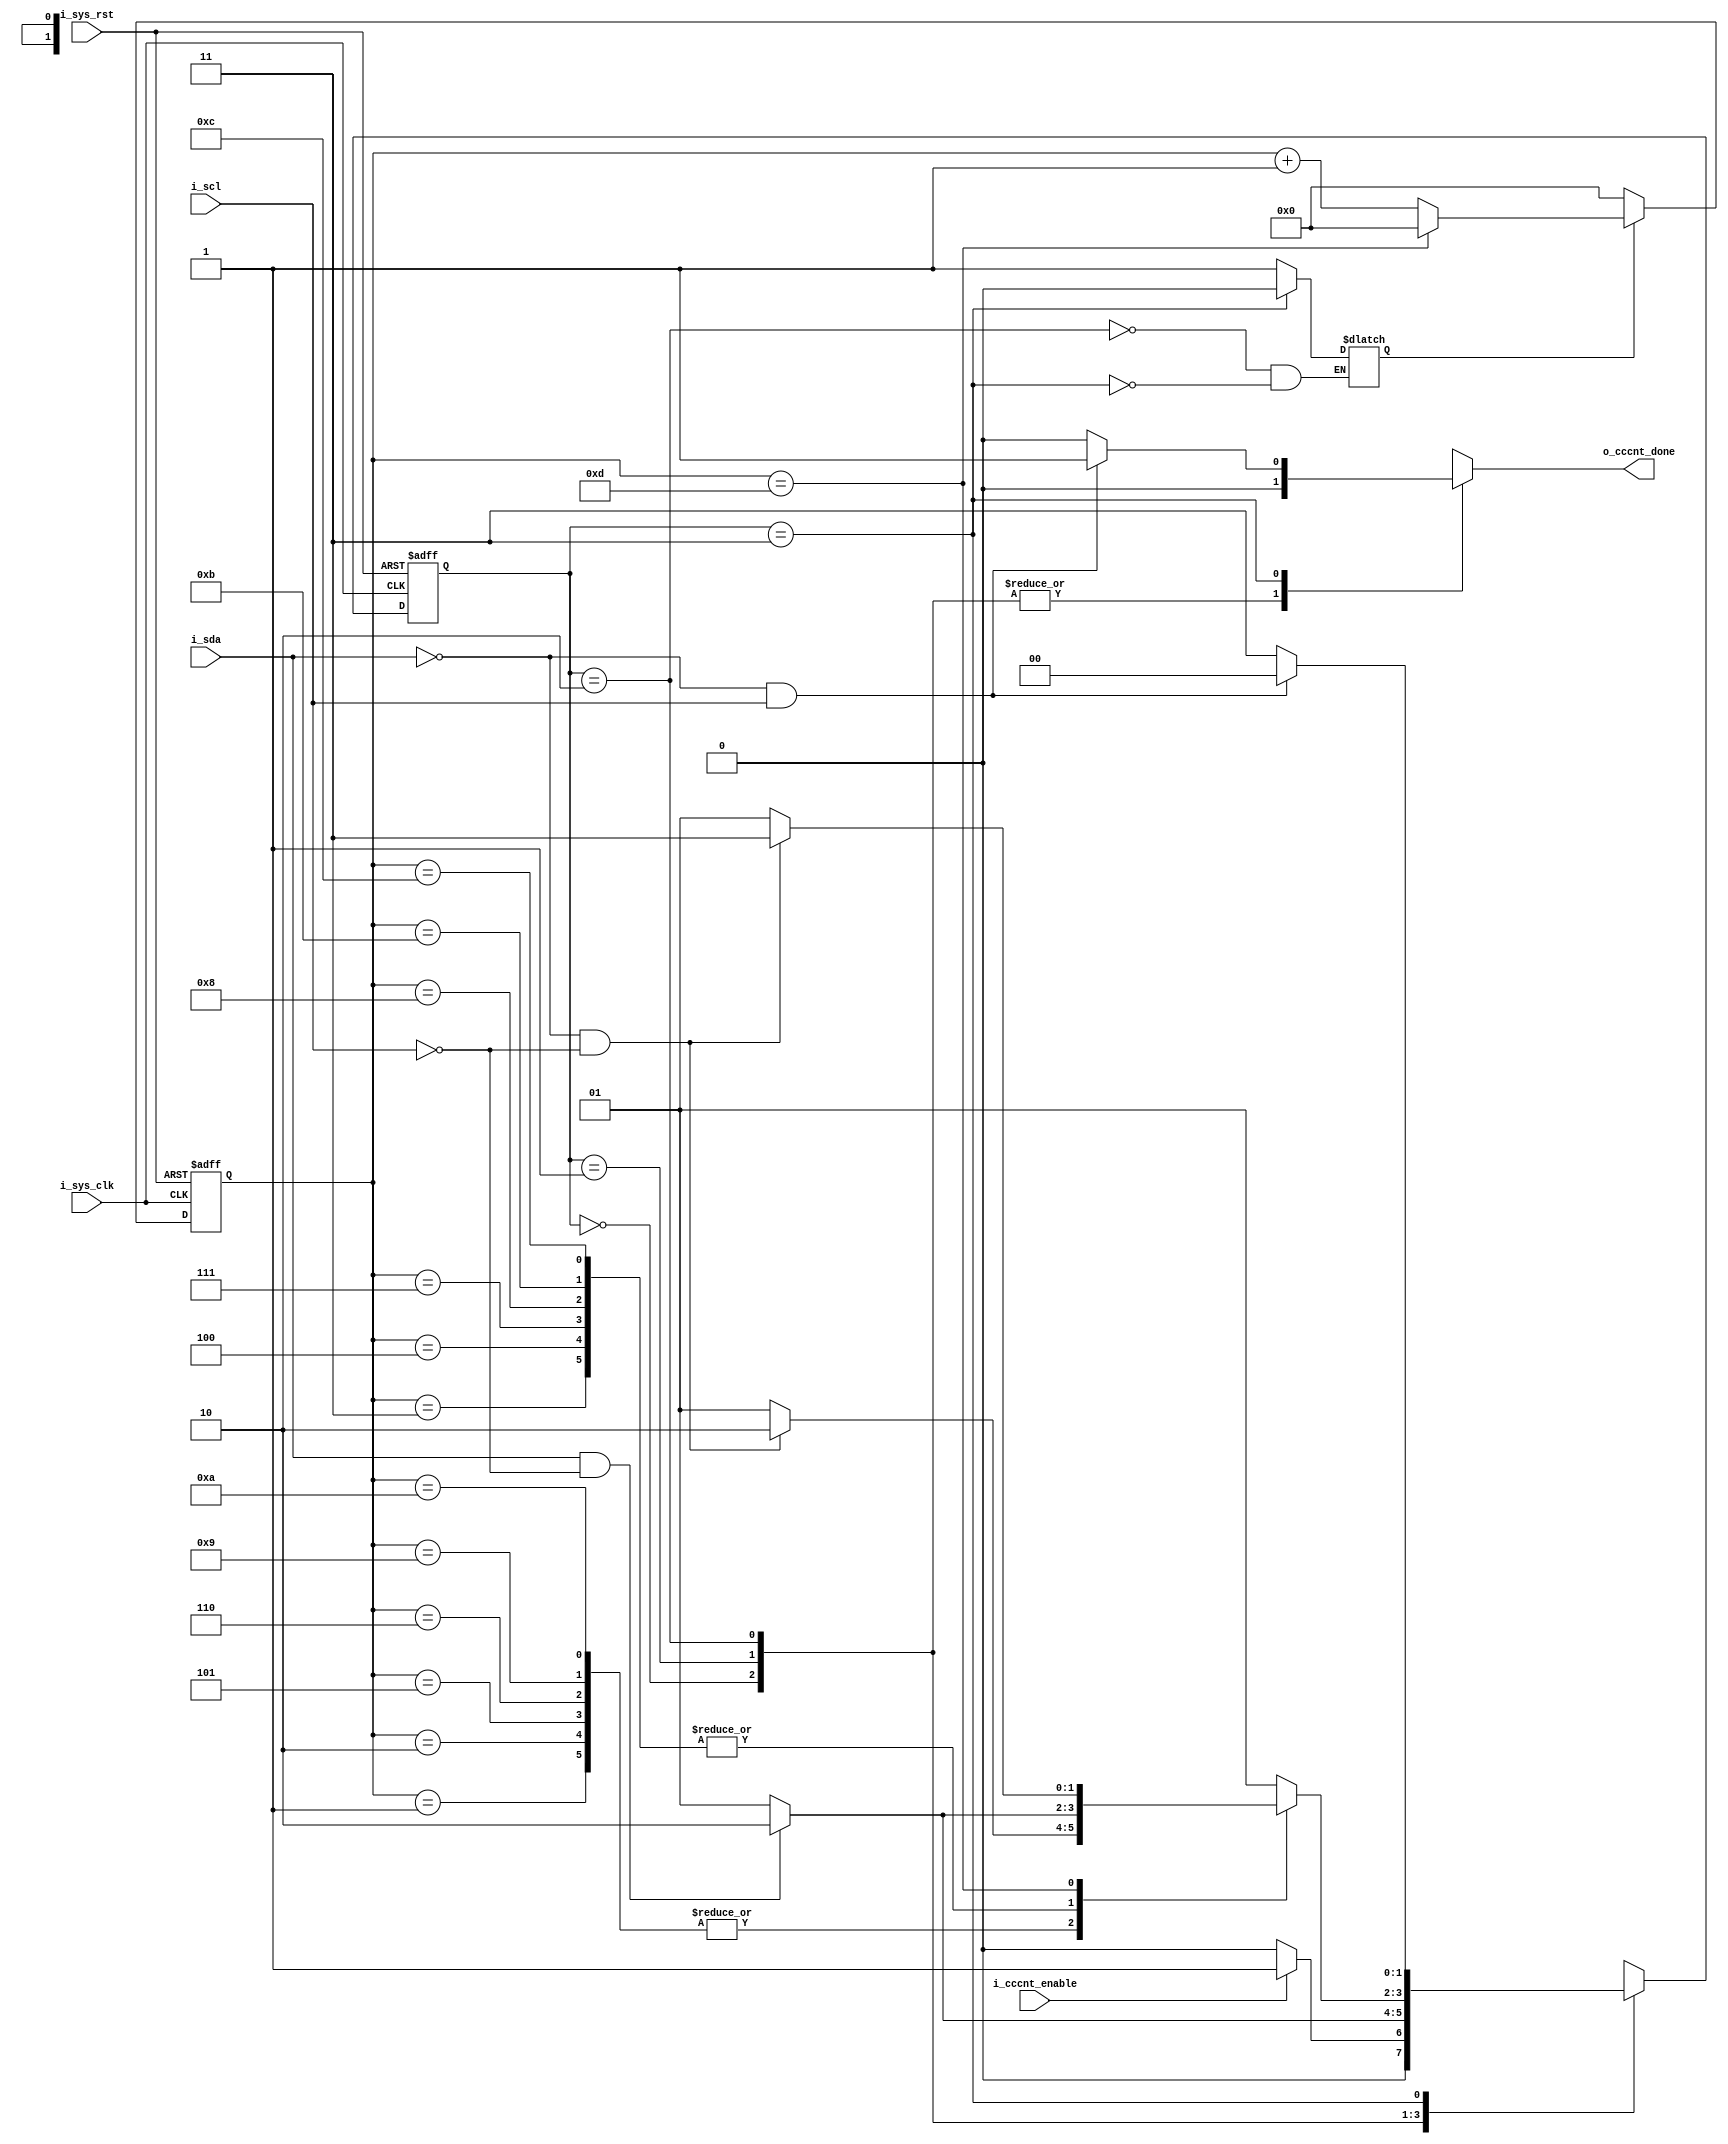
module Exit_Detector (

input	   i_sys_clk ,
input 	   i_sys_rst ,
input	   i_cccnt_enable,
input 	   i_scl ,
input      i_sda ,

output reg o_cccnt_done
  
); 
reg    	   [1:0]         current_state , next_state ;
reg                      count_done , en_count;
reg        [3:0]         count;

localparam [1:0]    	idle = 'd0,
						sda_n_scl = 'd1,
						four_neg_edges ='d2 ,
						pos_scl  = 'd3;

always @(negedge i_sys_clk or negedge i_sys_rst)
 begin
  if(!i_sys_rst)
   begin
     current_state <= idle ;
  
	
	
   end
  else
   begin
     current_state <= next_state ;
   end
 end
 
 
 
 
 
 always @ (*)
	begin
	
	case (current_state)
		 
			
			idle : begin 
						o_cccnt_done <= 'b0;	
						if(i_cccnt_enable)
							begin 
							next_state <= sda_n_scl ;
							end
						else 
							begin
							next_state <= idle ;
							
							end
			end
			
			
			sda_n_scl : begin 
						o_cccnt_done <= 'b0;
						if(i_sda && !i_scl)
							begin 
							next_state <= four_neg_edges ;
						//	en_count <= 'b1;
							end
						else 
							begin
							next_state <= sda_n_scl ;
							end
			end
			
			
			four_neg_edges : begin 
					o_cccnt_done <= 'b0;
					en_count <= 'b1;
					
					case(count)
					'd1 : 		begin 
							if (!i_sda && !i_scl)
								next_state <= four_neg_edges;
							else 
								next_state <= sda_n_scl;
							end
							
					'd2 : 		begin 
							if (!i_sda && !i_scl)
								next_state <= four_neg_edges;
							else 
								next_state <= sda_n_scl;
							end
							
					
					'd3 : 		begin 
							if (i_sda && !i_scl)
								next_state <= four_neg_edges;
							else 
								next_state <= sda_n_scl;
							end
							
							
					'd4 : 		begin 
							if (i_sda && !i_scl)
								next_state <= four_neg_edges;
							else 
								next_state <= sda_n_scl;
							end
							
							
					'd5 : 		begin 
							if (!i_sda && !i_scl)
								next_state <= four_neg_edges;
							else 
								next_state <= sda_n_scl;
							end
							
							
					'd6 : 		begin 
							if (!i_sda && !i_scl)
								next_state <= four_neg_edges;
							else 
								next_state <= sda_n_scl;
							end
							
							
					'd7 : 		begin 
							if (i_sda && !i_scl)
								next_state <= four_neg_edges;
							else 
								next_state <= sda_n_scl;
							end
							
					'd8 : 		begin 
							if (i_sda && !i_scl)
								next_state <= four_neg_edges;
							else 
								next_state <= sda_n_scl;
							end
							
							
					'd9 : 		begin 
							if (!i_sda && !i_scl)
								next_state <= four_neg_edges;
							else 
								next_state <= sda_n_scl;
							end
							
							
					'd10 : 		begin 
							if (!i_sda && !i_scl)
								next_state <= four_neg_edges;
							else 
								next_state <= sda_n_scl;
							end
							
							
					'd11 : 		begin 
							if (i_sda && !i_scl)
								next_state <= four_neg_edges;
							else 
								next_state <= sda_n_scl;
							end
							
							
							
					'd12 : 		begin 
							if (i_sda && !i_scl)
								next_state <= four_neg_edges;
							else 
								next_state <= sda_n_scl;
							end
							
							
							
					'd13 : 		begin 
							if (!i_sda && !i_scl)
								next_state <= pos_scl;
							else 
								next_state <= sda_n_scl;
							end
							
							
							
					
							
					default : begin 
					
							next_state   <= sda_n_scl;
							o_cccnt_done <= 'b0;
							end
							
											
					
					
					endcase
			end
			
			
			pos_scl : begin 
							en_count <= 'b0;		 
							
							if (!i_sda && i_scl)
								begin
								next_state <= idle;
								o_cccnt_done <= 'b1;
								end
								
							else 
								begin
								next_state <= pos_scl;
								o_cccnt_done <= 'b0;
								end					
					end
					
						
			
			
			
		endcase 
		
	end
			
			
			
			
			
			
			
			
			
always @(posedge i_sys_clk or negedge i_sys_rst)
 begin
  if(!i_sys_rst)
   begin
     count <= 'b0 ;
	// count_done <= 'b0;
  
   end
  
  else
   begin
   
	if (en_count)
	  begin 
		if (count == 'd13)
			begin
		//	count_done <= 'b1;
			count <= 'b0 ;
			end
		else 
			begin
				count <= count +'d1 ;
		///		count_done <= 'b0;
			end
	   end 
	   
	 else 
		begin 
			count <= 'b0 ;
		//	count_done <= 'b0;
		end 
			
   end
 end
 
 
 endmodule